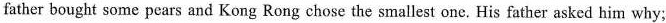
father bought some pears and Kong Rong chose the smallest one. His father asked him why;